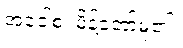
အဝေါစ၊ မိန့်တော်မူ၏။